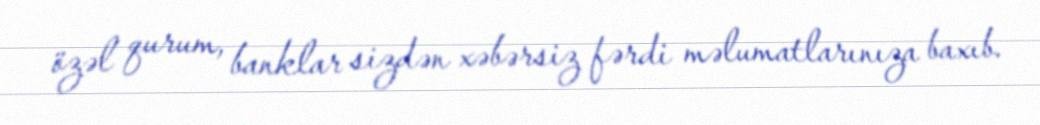
özəl qurum, banklar sizdən xəbərsiz fərdi məlumatlarınıza baxıb.